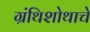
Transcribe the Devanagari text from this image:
ग्रंथिशोथाचे